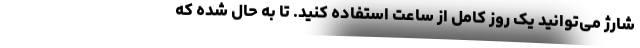
شارژ می‌توانید یک روز کامل از ساعت استفاده کنید. تا به حال شده که